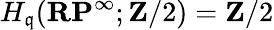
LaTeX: H_{\mathfrak{q}}(\mathbf{{RP}}^{\infty};\mathbf{{Z}}/2)=\mathbf{{Z}}/2